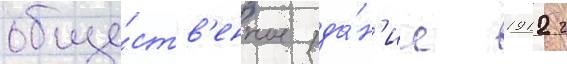
обще́ств'енное зда́н'ие 1912 г